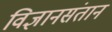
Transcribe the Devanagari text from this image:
विज्ञानसंतान